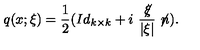
q ( x ; \xi ) = \frac 1 2 ( I d _ { k \times k } + i \ \frac { \not \! \xi } { \vert \xi \vert } \not \! n ) .